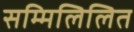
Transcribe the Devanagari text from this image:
सम्मिलिलित